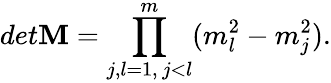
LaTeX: det\mathbf{M}=\prod_{\substack{j,l=1,\, j<l}}^{m}(m_{l}^{2}-m_{j}^{2}).